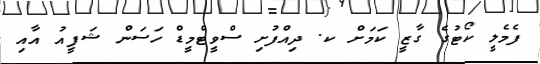
ފެމެލީ ކޯޓުގެ ގާޒީ ކަމަށް ކ. ދިއްފުށި ސްވީޓްމީޑް ހަސަން ޝަފީއު އާއި